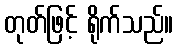
တုတ်ဖြင့် ရိုက်သည်။